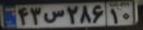
۴۳س۲۸۶۱۰